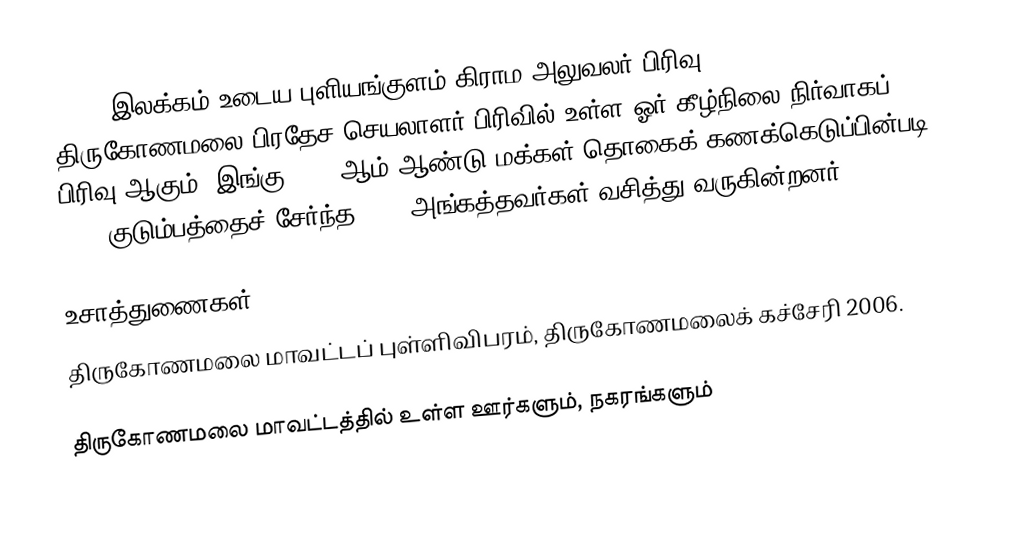
243 L இலக்கம் உடைய புளியங்குளம் கிராம அலுவலர் பிரிவு (Puliyankulam) திருகோணமலை பிரதேச செயலாளர் பிரிவில் உள்ள ஓர் கீழ்நிலை நிர்வாகப் பிரிவு ஆகும். இங்கு 2005 ஆம் ஆண்டு மக்கள் தொகைக் கணக்கெடுப்பின்படி 1385 குடும்பத்தைச் சேர்ந்த 5943 அங்கத்தவர்கள் வசித்து வருகின்றனர்.

உசாத்துணைகள்
திருகோணமலை மாவட்டப் புள்ளிவிபரம், திருகோணமலைக் கச்சேரி 2006.

திருகோணமலை மாவட்டத்தில் உள்ள ஊர்களும், நகரங்களும்